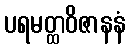
ပရမတ္ထဝိဇာနနံ